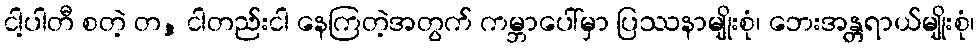
ငါ့ပါတီ စတဲ့ တ, ငါတည်းငါ နေကြတဲ့အတွက် ကမ္ဘာပေါ်မှာ ပြဿနာမျိုးစုံ၊ ဘေးအန္တရာယ်မျိုးစုံ၊